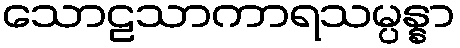
သောဠသာကာရသမ္ပန္နာ